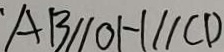
A B / / O H / / C D